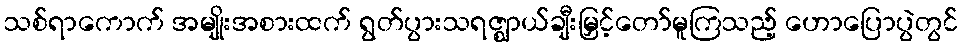
သစ်ရာကောက် အမျိုးအစားထက် ရွတ်ပွားသရဇ္ဈာယ်ချီးမြှင့်တော်မူကြသည့် ဟောပြောပွဲတွင်